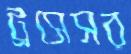
ট্রসেসর